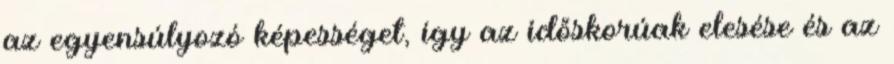
az egyensúlyozó képességet, így az időskorúak elesése és az